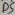
Text: D5